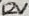
Text: 12V